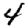
Digit: 4